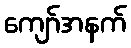
ကျော်အနက်